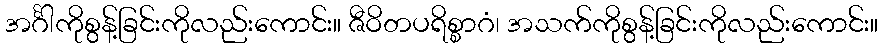
အင်္ဂါကိုစွန့်ခြင်းကိုလည်းကောင်း။ ဇီဝိတပရိစ္စာဂံ၊ အသက်ကိုစွန့်ခြင်းကိုလည်းကောင်း။